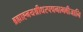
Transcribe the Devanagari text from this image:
ब्रह्माह्नयश्रीधरपद्मनाभबीजानि